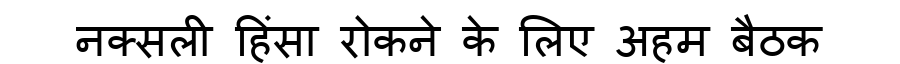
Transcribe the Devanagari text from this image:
नक्सली हिंसा रोकने के लिए अहम बैठक